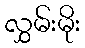
လွှမ်းမိုး